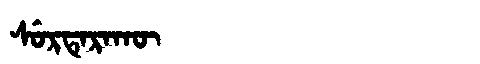
Manchu: ᠰᡠᡵᡨᡝᡵᠠᡴᡡ
Romanization: SURTERAKŪ